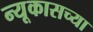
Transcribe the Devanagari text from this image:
न्यूकासच्या